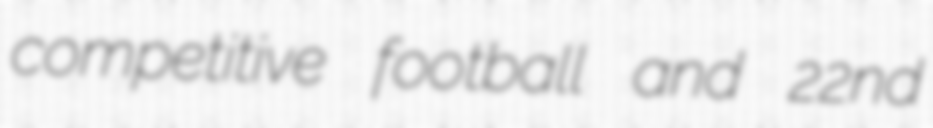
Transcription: competitive football and 22nd